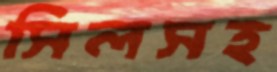
সিলসহ